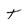
Character: t